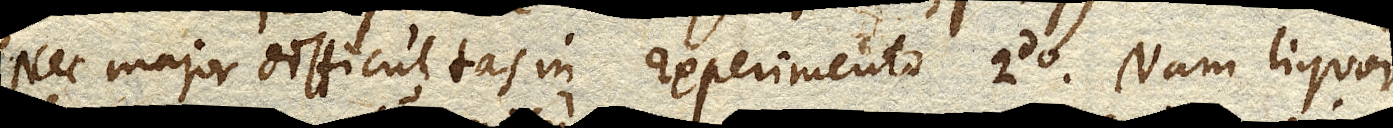
Nec major difficultas in Experimento 2do. Nam liquor